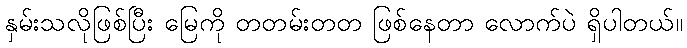
နှမ်းသလိုဖြစ်ပြီး မြေကို တတမ်းတတ ဖြစ်နေတာ လောက်ပဲ ရှိပါတယ်။